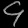
Digit: ၄